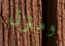
ومنزل